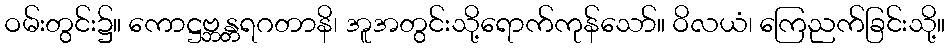
ဝမ်းတွင်း၌။ ကောဋ္ဌဗ္ဘန္တရဂတာနိ၊ အူအတွင်းသို့ရောက်ကုန်သော်။ ဝိလယံ၊ ကြေညက်ခြင်းသို့။